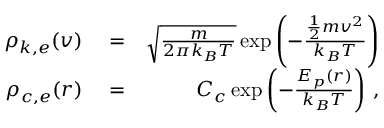
\begin{array} { r l r } { \rho _ { k , e } ( v ) } & { { } = } & { \sqrt { \frac { m } { 2 \pi k _ { B } T } } \exp \left( - \frac { \frac { 1 } { 2 } m v ^ { 2 } } { k _ { B } T } \right) } \\ { \rho _ { c , e } ( r ) } & { { } = } & { { \cal C } _ { c } \exp \left( - \frac { E _ { p } ( r ) } { k _ { B } T } \right) \, , } \end{array}